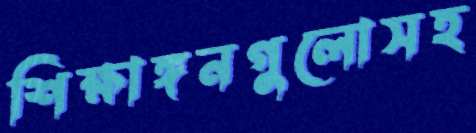
শিক্ষাঙ্গনগুলোসহ